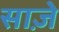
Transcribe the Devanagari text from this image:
साज़े